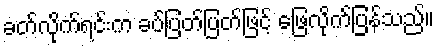
ခတ်လိုက်ရင်းက ခပ်ပြတ်ပြတ်ဖြင့် ဖြေလိုက်ပြန်သည်။